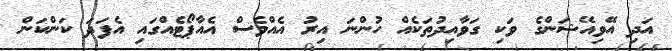
އަދި އޭވިއޭޝަންގެ ވަކި ގަވާއިދުތަކެއް ހުންނަ އިރު އެއްވެސް އެއާޕޯޓެއްގައި އެފަދަ ކަންކަން